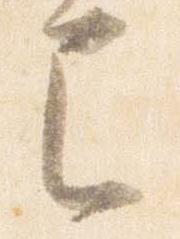
已